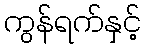
ကွန်ရက်နှင့်